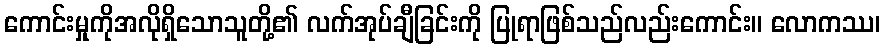
ကောင်းမှုကိုအလိုရှိသောသူတို့၏ လက်အုပ်ချီခြင်းကို ပြုရာဖြစ်သည်လည်းကောင်း။ လောကဿ၊